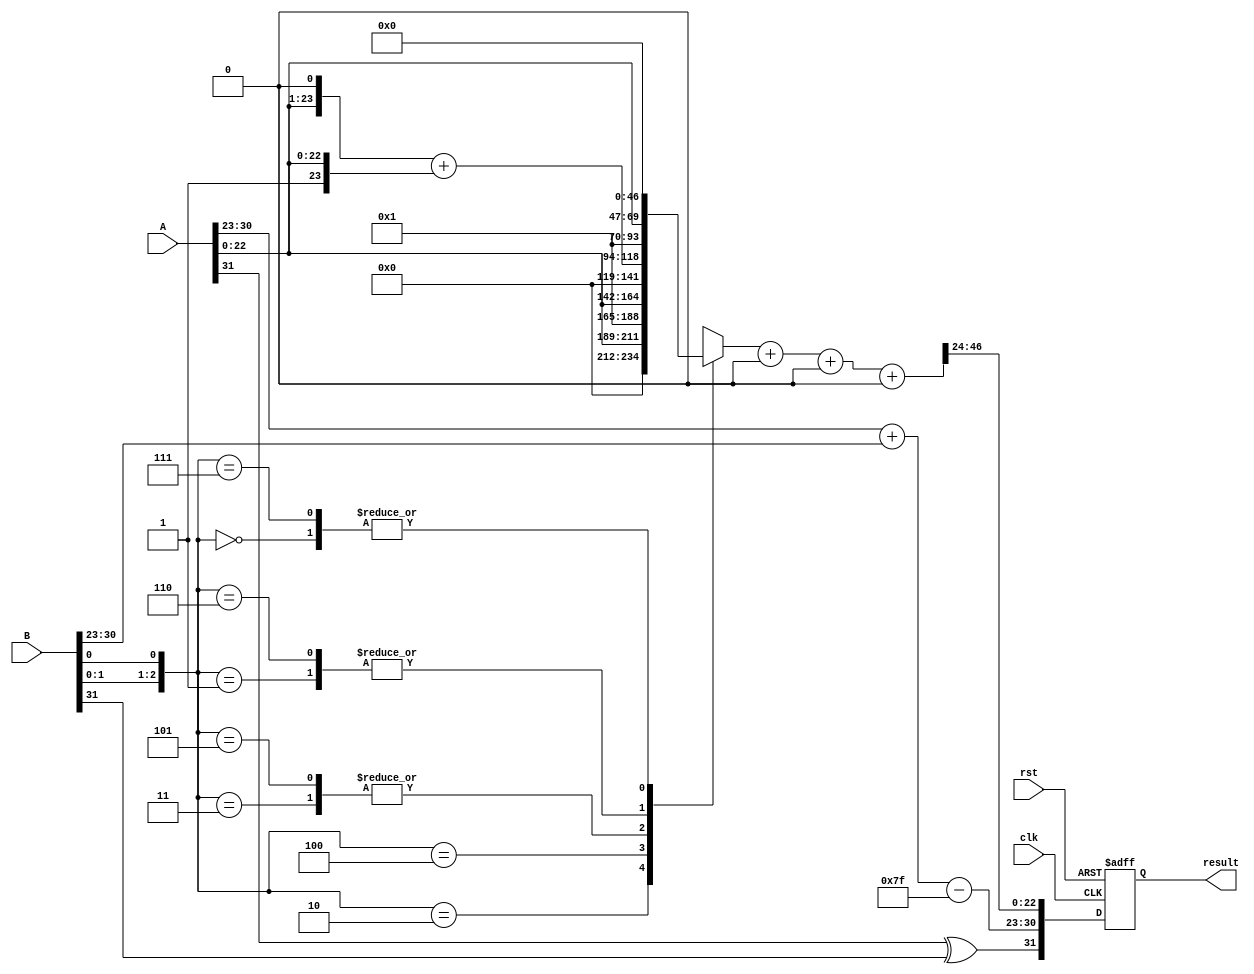
module radix4_fp_multiplier (
    input wire clk,
    input wire rst,
    input wire [31:0] A,  // Input A (IEEE 754 single precision)
    input wire [31:0] B,  // Input B (IEEE 754 single precision)
    output reg [31:0] result // Output result (IEEE 754 single precision)
);

    // IEEE 754 components
    wire signA = A[31];
    wire signB = B[31];
    wire [7:0] expA = A[30:23];
    wire [7:0] expB = B[30:23];
    wire [22:0] mantA = A[22:0];
    wire [22:0] mantB = B[22:0];

    // Intermediate signals
    wire [23:0] mantA_ext = {1'b1, mantA}; // Extend mantissa A
    wire [23:0] mantB_ext = {1'b1, mantB}; // Extend mantissa B
    wire [8:0] exp_sum = {1'b0, expA} + {1'b0, expB} - 8'd127; // Exponent sum with bias adjustment
    wire sign_result = signA ^ signB; // Result sign

    // Radix-4 Booth encoding for mantissa multiplication
    reg [47:0] partial_products [0:3]; // Store partial products
    integer i;

    always @(*) begin
        // Initialize partial products
        for (i = 0; i < 4; i = i + 1) begin
            partial_products[i] = 48'b0;
        end

        // Generate partial products based on Radix-4 Booth encoding
        case ({mantB_ext[1:0], mantB_ext[0]})
            3'b000: partial_products[0] = 48'b0; // 00
            3'b001: partial_products[0] = {24'b0, mantA_ext}; // 01
            3'b010: partial_products[0] = {24'b0, mantA_ext << 1}; // 10
            3'b011: partial_products[0] = {24'b0, mantA_ext << 1} + {24'b0, mantA_ext}; // 11
            3'b100: partial_products[0] = {24'b0, mantA_ext} << 1; // 00
            3'b101: partial_products[0] = {24'b0, mantA_ext << 1} + {24'b0, mantA_ext}; // 01
            3'b110: partial_products[0] = {24'b0, mantA_ext}; // 10
            3'b111: partial_products[0] = 48'b0; // 11
        endcase
    end

    // Accumulate partial products
    reg [47:0] product_sum;
    always @(*) begin
        product_sum = partial_products[0]; // Start with the first partial product
        for (i = 1; i < 4; i = i + 1) begin
            product_sum = product_sum + partial_products[i]; // Accumulate
        end
    end

    // Normalization and rounding (simplified)
    reg [23:0] mantissa_final;
    reg [7:0] exponent_final;

    always @(*) begin
        // Normalize product_sum (shift right until the leading bit is 1)
        mantissa_final = product_sum[46:24]; // Take the top 23 bits
        exponent_final = exp_sum; // Use the calculated exponent
    end

    // Assemble final result
    always @(posedge clk or posedge rst) begin
        if (rst) begin
            result <= 32'b0;
        end else begin
            result <= {sign_result, exponent_final, mantissa_final[22:0]};
        end
    end

endmodule